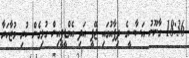
18:36 ގާނޫނު އަސާސީގެ ދިފާއުގައި ޖޭޕީ އަދި އެމްޑީޕީއިން ގުޅިގެން ކުރި މުޒާހަރާ